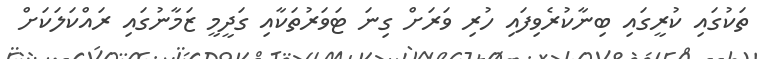
ތަކުގައި ކުރީގައި ބިނާކުރެވިފައި ހުރި ވަރަށް ގިނަ ޓަވަރުތަކާއި ގަދީމީ ޒަމާނުގައި ރައްކަލަކަށް